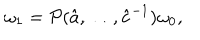
\omega _ { 1 } = { \cal P } ( \hat { a } , \ldots , \hat { c } ^ { - 1 } ) \omega _ { 0 } ,